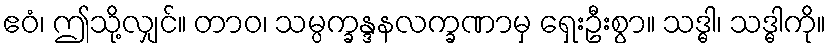
ဧဝံ၊ ဤသို့လျှင်။ တာဝ၊ သမ္ပက္ခန္ဒနလက္ခဏာမှ ရှေးဦးစွာ။ သဒ္ဓါ၊ သဒ္ဓါကို။